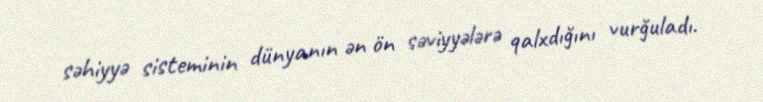
səhiyyə sisteminin dünyanın ən ön səviyyələrə qalxdığını vurğuladı.